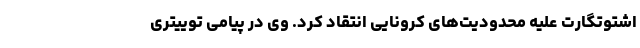
اشتوتگارت علیه محدودیت‌های کرونایی انتقاد کرد. وی در پیامی توییتری